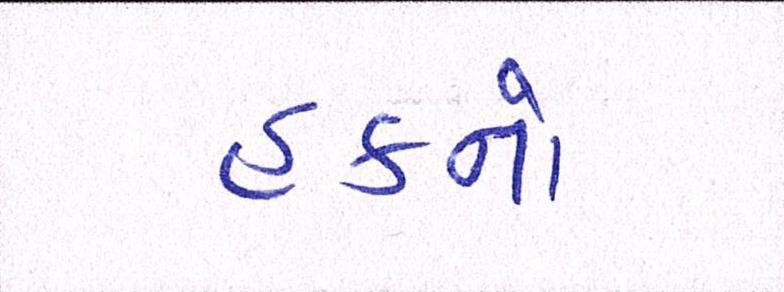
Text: હકનો